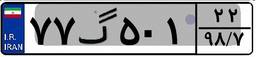
۷۷گ۵۰۱۲۲